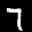
Label: 7